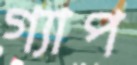
গ্যাপ